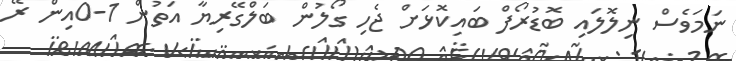
ނަމަވެސް ނިލޮލައި ބޮޑުރޯފް ބައިކޮޅަށް ޖެހި ގޯލުން ބަލްގޭރިޔާ އަތުން 1-0އިން ރޭ